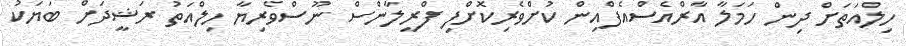
ހިލްއަތަށް ދިން ހަމަލާ އާރްއެސްއެފްއިން ކުށްވެރިކޮށްފި ފްރީލާންސް ނޫސްވެރިޔާ ހިލްއަތު ރަޝީދަށް ބަޔަކު